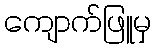
ကျောက်ဖြူမှ